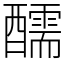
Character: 醹